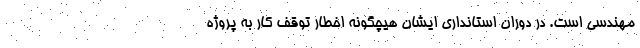
مهندسی است. در دوران استانداری ایشان هیچگونه اخطار توقف کار به پروژه